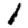
Digit: 1